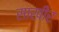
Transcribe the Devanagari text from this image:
साखीर